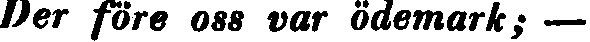
Der före oss var ödemark; —